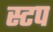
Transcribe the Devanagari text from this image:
स्टप